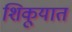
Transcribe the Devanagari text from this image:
शिकूयात